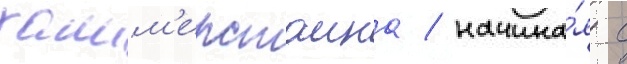
хамм'ерстаина / начина́я с